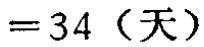
$=34（天）$